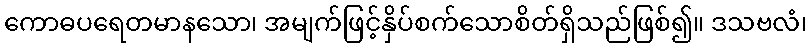
ကောဓပရေတမာနသော၊ အမျက်ဖြင့်နှိပ်စက်သောစိတ်ရှိသည်ဖြစ်၍။ ဒသဗလံ၊